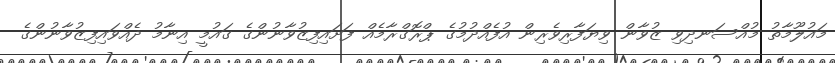
މައުލޫމާތު މުއްސަނދިވި ޒުވާން ވިޔަފާރިވެރިން އުފެއްދުމުގެ ޕްރޮގްރާމެއް ފަށައިފިޒުވާނުންގެ ގައުމީ އިނާމު ދެއްވައިފިޒުވާނުންގެ